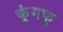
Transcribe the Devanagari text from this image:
कुंगफु